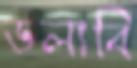
ডলাবি